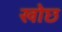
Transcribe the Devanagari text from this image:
खोछ